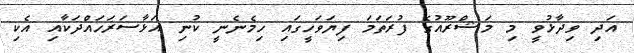
އަދި ވިދާޅުވީ މި މަޝްރޫއުގެ ފުރަތަމަ ފިޔަވަހީގައި ހިމެނެނީ ކުނި އަޅާސަރަހައްދަކާއި އެކި